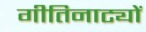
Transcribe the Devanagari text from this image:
गीतिनाट्यों